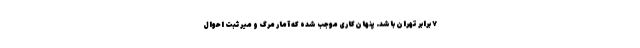
۷ برابر تهران باشد. پنهان‌کاری موجب شده که آمار مرگ و میر ثبت احوال